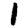
Digit: 1